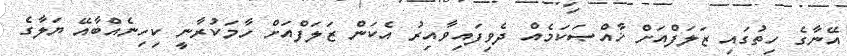
އޭނާގެ ހިތުގައި ޒަލަފްއަށް ޚާއްޞަކަމެއް ދެވިފައިވާއިރު އެކަން ޒަލަފްއަށް ހާމަކުރާނީ ކިހިނެއްބާއޭ ޔަލާގެ